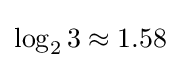
\log _{2}3\approx 1.58